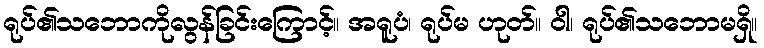
ရုပ်၏သဘောကိုလွန်ခြင်းကြောင့်။ အရူပံ၊ ရုပ်မ ဟုတ်။ ဝါ၊ ရုပ်၏သဘောမရှိ။